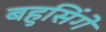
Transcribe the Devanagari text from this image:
बहुसिंगे